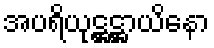
အပရိယုဋ္ဌဋ္ဌာယိနော